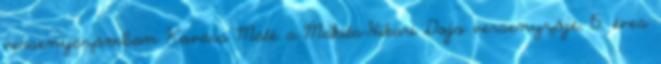
versenyszámban Kovács Máté a Makita-Hikari Dojo versenyzője, 15. éves